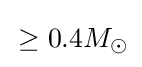
\,\geq 0.4M_{\odot }